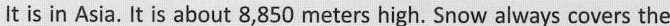
It is in Asia. It is about 8,850 meters high. Snow always covers the